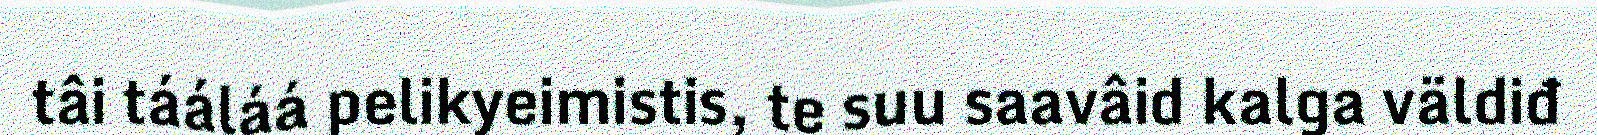
tâi tááláá pelikyeimistis, te suu saavâid kalga väldiđ